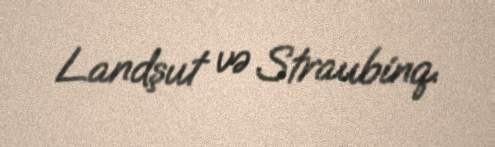
Landşut və Straubinq.